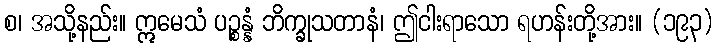
စ၊ အသို့နည်း။ ဣမေသံ ပဉ္စန္နံ ဘိက္ခုသတာနံ၊ ဤငါးရာသော ရဟန်းတို့အား။ (၁၉၃)